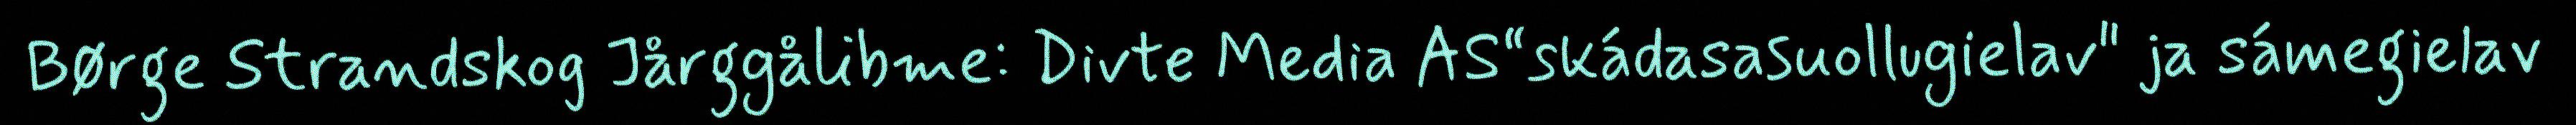
Børge Strandskog Jårggålibme: Divte Media AS“skádasasuollugielav" ja sámegielav